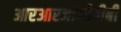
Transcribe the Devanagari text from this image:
आरआरजीजीबीबी